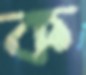
ক